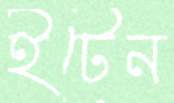
ইটেন